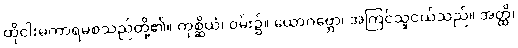
ထိုငါးမကာရမစသည်တို့၏။ ကုစ္ဆိယံ၊ ဝမ်း၌။ ယောဂဗ္ဘော၊ အကြင်သူငယ်သည်။ အတ္ထိ၊